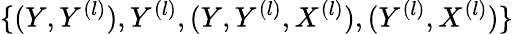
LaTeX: \{ (Y,Y^{(l)}),Y^{(l)},(Y,Y^{(l)},X^{(l)}),(Y^{(l)},X^{(l)})\}